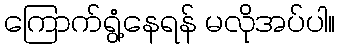
ကြောက်ရွံ့နေရန် မလိုအပ်ပါ။